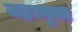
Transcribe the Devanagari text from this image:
जहरमुक्त